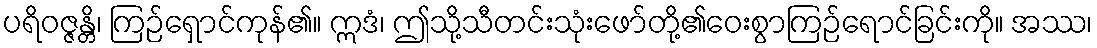
ပရိဝဇ္ဇန္တိ၊ ကြဉ်ရှောင်ကုန်၏။ ဣဒံ၊ ဤသို့သီတင်းသုံးဖော်တို့၏ဝေးစွာကြဉ်ရောင်ခြင်းကို။ အဿ၊